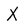
Character: X